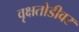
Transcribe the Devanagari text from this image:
वृक्षतोडीवर